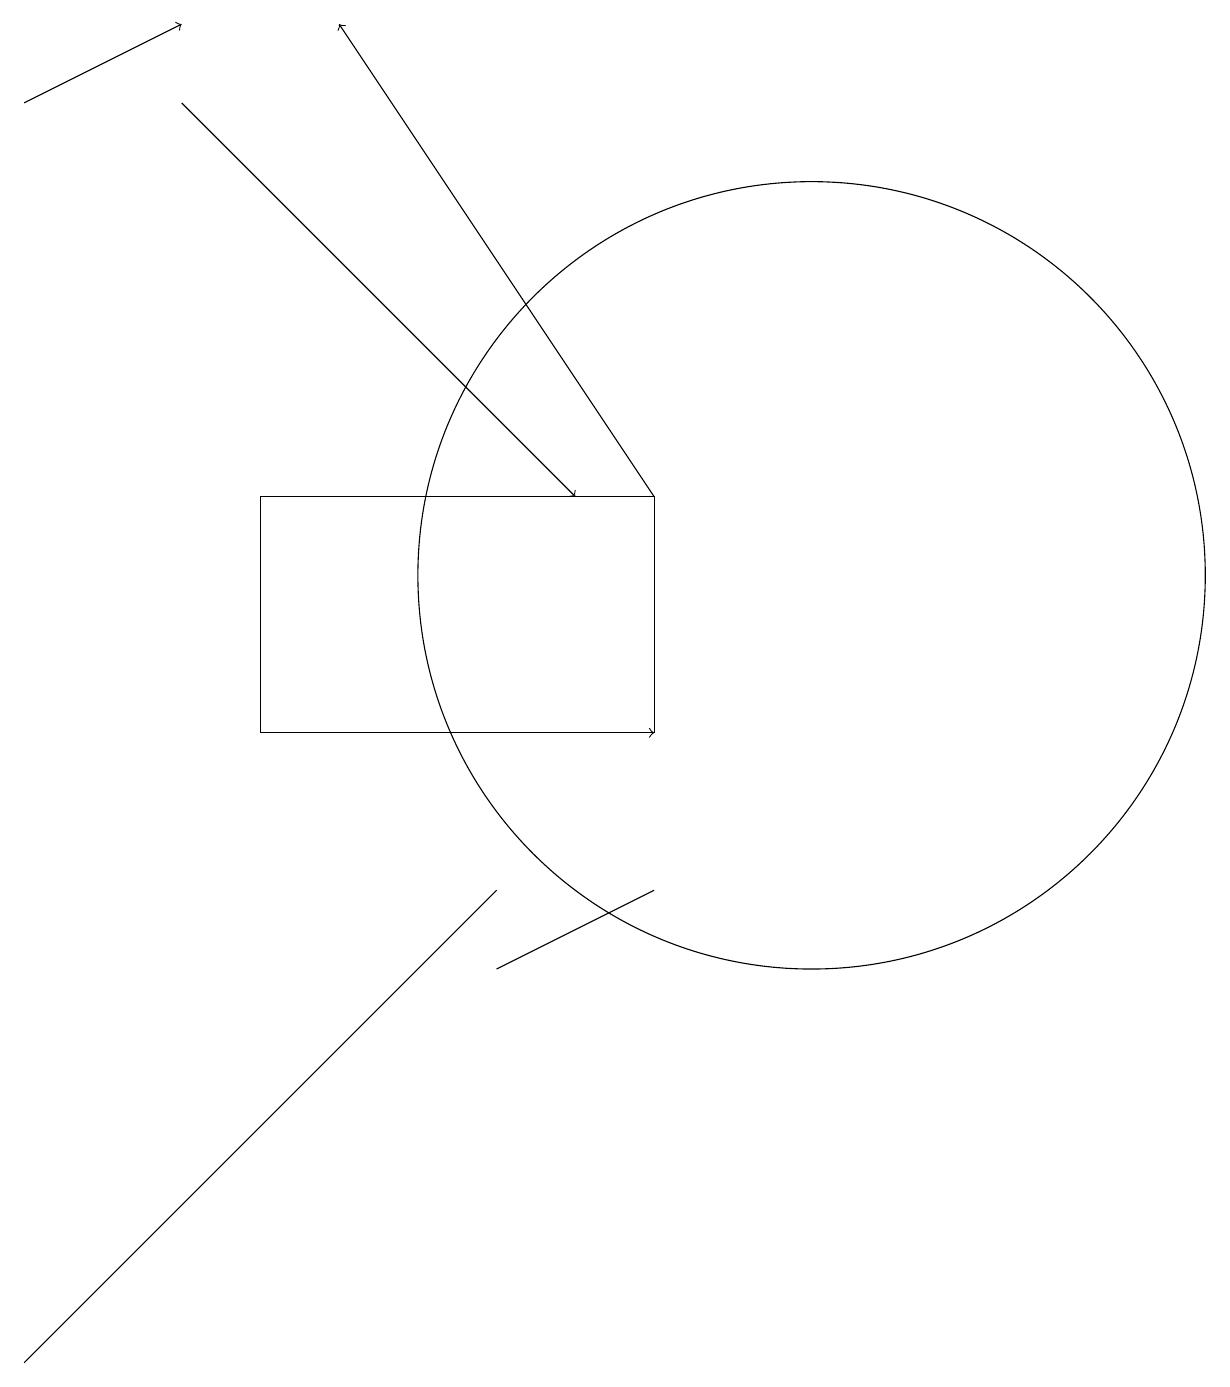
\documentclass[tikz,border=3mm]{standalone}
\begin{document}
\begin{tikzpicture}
\draw (7,8) -- (1,2) -- (2,3) -- cycle;
\draw[->] (3,18) -- (8,13);
\draw (9,10) rectangle (4,13);
\draw[->] (4,10) -- (9,10);
\draw (11,12) circle (5);
\draw (7,7) -- (9,8) -- (7,7) -- cycle;
\draw[->] (1,18) -- (3,19);
\draw[->] (9,13) -- (5,19);
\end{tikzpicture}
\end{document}